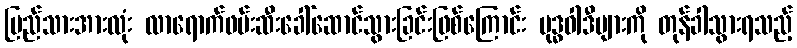
ပြည်သားအားလုံး လာရောက်ဖမ်းဆီးခေါ်ဆောင်သွားခြင်းဖြစ်ကြောင်း ဗုဒ္ဓဝါဒီများကို တုန်ခါသွားရသည့်